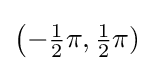
{\bigl (}{-{\tfrac {1}{2}}\pi },{\tfrac {1}{2}}\pi )